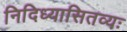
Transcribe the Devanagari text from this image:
निदिध्यासितव्यः